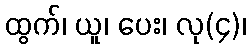
ထွက်၊ ယူ၊ ပေး၊ လု(၄)၊